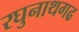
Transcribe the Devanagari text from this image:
रघुनाथगढ